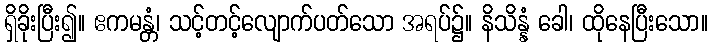
ရှိခိုးပြီး၍။ ဧကမန္တံ၊ သင့်တင့်လျောက်ပတ်သော အရပ်၌။ နိသိန္နံ ခေါ၊ ထိုနေပြီးသော။